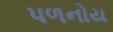
પળનોય